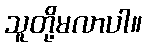
သူတို့မလာပါ။